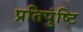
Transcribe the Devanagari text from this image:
प्रतिपुंष्टि